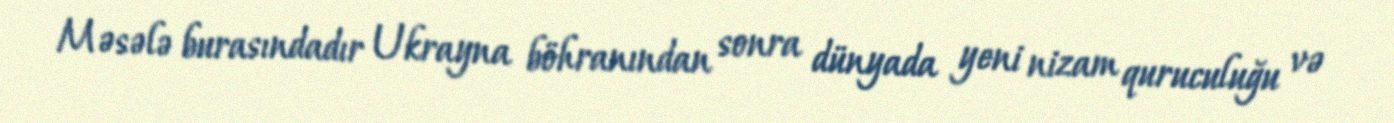
Məsələ burasındadır Ukrayna böhranından sonra dünyada yeni nizam quruculuğu və